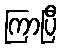
ကြာပြီ